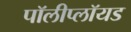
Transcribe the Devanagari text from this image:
पॉलीप्लॉयड